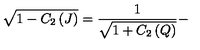
\sqrt { 1 - C _ { 2 } \left( J \right) } = \frac { 1 } { \sqrt { 1 + C _ { 2 } \left( Q \right) } } -